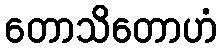
တောသိတောဟံ